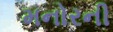
મનોરની